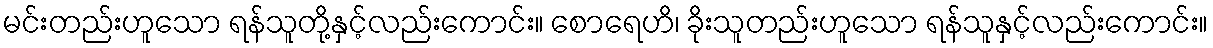
မင်းတည်းဟူသော ရန်သူတို့နှင့်လည်းကောင်း။ စောရေဟိ၊ ခိုးသူတည်းဟူသော ရန်သူနှင့်လည်းကောင်း။